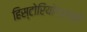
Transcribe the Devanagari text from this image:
हिस्टोरियोग्राफ़ी